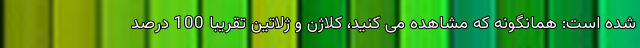
شده است: همانگونه که مشاهده می کنید، کلاژن و ژلاتین تقریبا 100 درصد